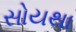
સોયથા